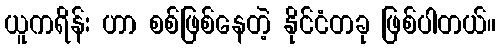
ယူကရိန်း ဟာ စစ်ဖြစ်နေတဲ့ နိုင်ငံတခု ဖြစ်ပါတယ်။